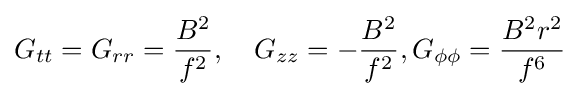
G_{tt}=G_{rr}={\frac {B^{2}}{f^{2}}},\quad G_{zz}=-{\frac {B^{2}}{f^{2}}},G_{\phi \phi }={\frac {B^{2}r^{2}}{f^{6}}}